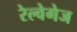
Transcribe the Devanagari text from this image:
रेल्वेगेज